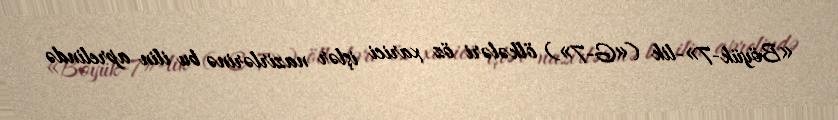
«Böyük-7»-lik («G-7») ölkələri öz xarici işlər nazirlərinə bu ilin aprelində